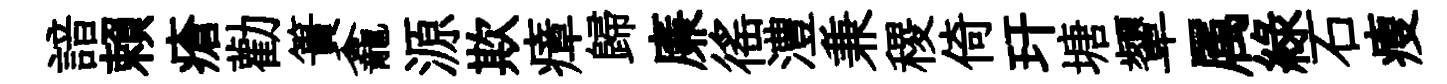
諳賴瘡勸簣龕源欺瘴歸廉徭澧兼稷倚玕塘顰属緑石瘦